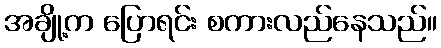
အချို့က ပြောရင်း စကားလည်နေသည်။